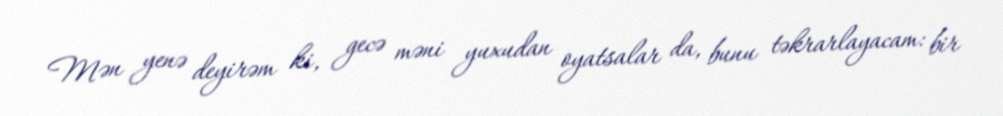
Mən yenə deyirəm ki, gecə məni yuxudan oyatsalar da, bunu təkrarlayacam: bir